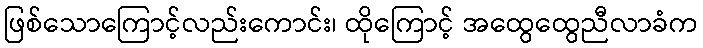
ဖြစ်သောကြောင့်လည်းကောင်း၊ ထိုကြောင့် အထွေထွေညီလာခံက